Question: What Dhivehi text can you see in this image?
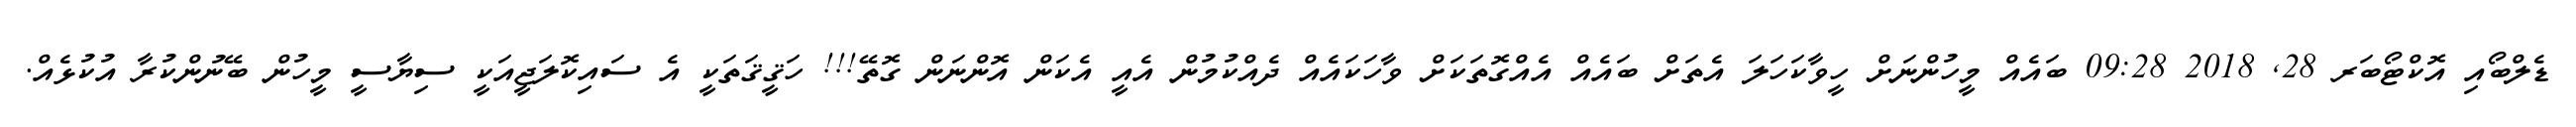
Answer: ޑެލްބޯއި އޮކްޓޯބަރ 28, 2018 09:28 ބައެއް މީހުންނަށް ހީވާކަހަލަ އެތަށް ބައެއް އެއްގޮތަކަށް ވާހަކައެއް ދެއްކުމުން އެއީ އެކަން އޮންނަން ގޮތޭ!!! ހަޤީޤަތަކީ އެ ސައިކޮލަޖީއަކީ ސިޔާސީ މީހުން ބޭނުންކުރާ އުކުޅެއް.